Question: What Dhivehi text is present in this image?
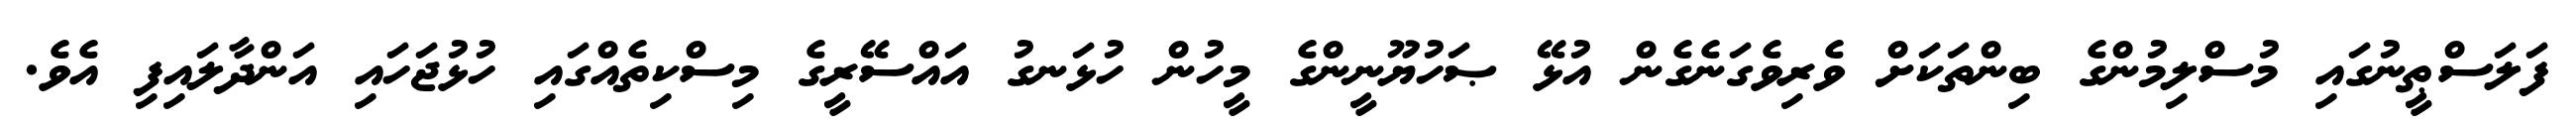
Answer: ފަލަސްޠީނުގައި މުސްލިމުންގެ ބިންތަކަށް ވެރިވެގަނެގެން އުޅޭ ޞަހުޔޫނީންގެ މީހުން ހުޅަނގު އައްސޭރީގެ މިސްކިތެއްގައި ހުޅުޖަހައި އަންދާލައިފި އެވެ.